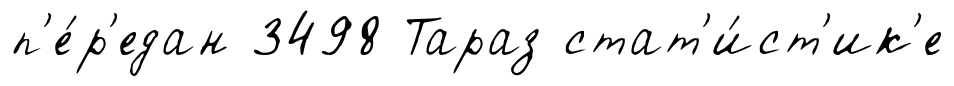
п'е́р'едан 3498 Тараз стат'и́ст'ик'е